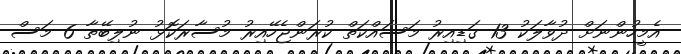
އެމީހުންނަށް ދުވާލަކު 13 ގަޑިއިރު މަސައްކަތް ކުރަންޖެހޭއިރު މުސާރަކޮޅު ނުލިބޭތާ 6 މަސް